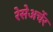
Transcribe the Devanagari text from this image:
रेसेअर्चेर